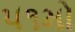
૫૧મો